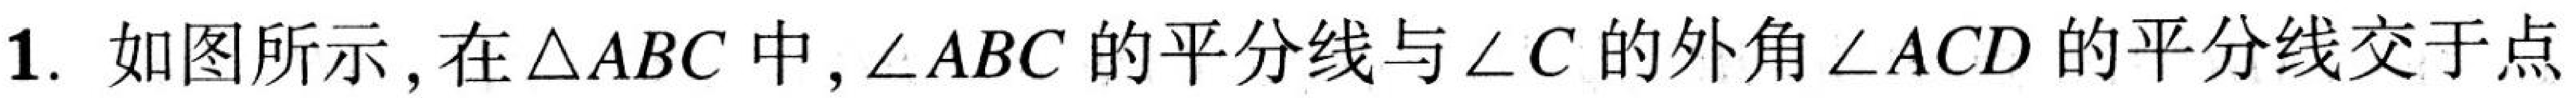
1. 如图所示，在\(\triangle ABC\)中，\(\angle ABC\)的平分线与\(\angle C\)的外角\(\angle ACD\)的平分线交于点